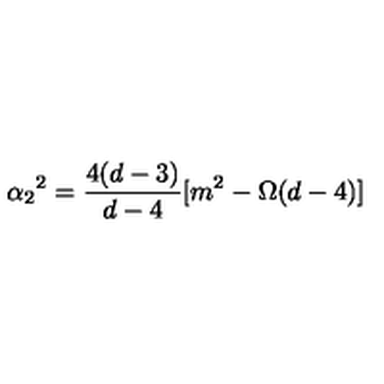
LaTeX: \alpha _ { 2 } { } ^ { 2 } = \frac { 4 ( d - 3 ) } { d - 4 } [ m ^ { 2 } - \Omega ( d - 4 ) ]